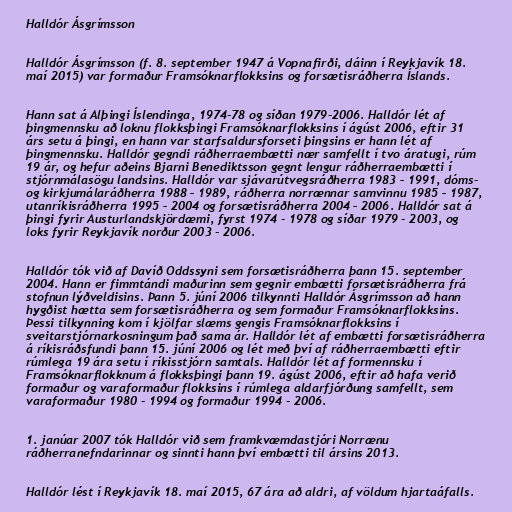
Halldór Ásgrímsson

Halldór Ásgrímsson (f. 8. september 1947 á Vopnafirði, dáinn í Reykjavík 18.
maí 2015) var formaður Framsóknarflokksins og forsætisráðherra Íslands.

Hann sat á Alþingi Íslendinga, 1974-78 og síðan 1979-2006. Halldór lét af
þingmennsku að loknu flokksþingi Framsóknarflokksins í ágúst 2006, eftir 31
árs setu á þingi, en hann var starfsaldursforseti þingsins er hann lét af
þingmennsku. Halldór gegndi ráðherraembætti nær samfellt í tvo áratugi, rúm
19 ár, og hefur aðeins Bjarni Benediktsson gegnt lengur ráðherraembætti í
stjórnmálasögu landsins. Halldór var sjávarútvegsráðherra 1983 – 1991, dóms-
og kirkjumálaráðherra 1988 – 1989, ráðherra norrænnar samvinnu 1985 – 1987,
utanríkisráðherra 1995 – 2004 og forsætisráðherra 2004 – 2006. Halldór sat á
þingi fyrir Austurlandskjördæmi, fyrst 1974 - 1978 og síðar 1979 - 2003, og
loks fyrir Reykjavík norður 2003 - 2006.

Halldór tók við af Davíð Oddssyni sem forsætisráðherra þann 15. september
2004. Hann er fimmtándi maðurinn sem gegnir embætti forsætisráðherra frá
stofnun lýðveldisins. Þann 5. júní 2006 tilkynnti Halldór Ásgrímsson að hann
hygðist hætta sem forsætisráðherra og sem formaður Framsóknarflokksins.
Þessi tilkynning kom í kjölfar slæms gengis Framsóknarflokksins í
sveitarstjórnarkosningum það sama ár. Halldór lét af embætti forsætisráðherra
á ríkisráðsfundi þann 15. júní 2006 og lét með því af ráðherraembætti eftir
rúmlega 19 ára setu í ríkisstjórn samtals. Halldór lét af formennsku í
Framsóknarflokknum á flokksþingi þann 19. ágúst 2006, eftir að hafa verið
formaður og varaformaður flokksins í rúmlega aldarfjórðung samfellt, sem
varaformaður 1980 - 1994 og formaður 1994 - 2006.

1. janúar 2007 tók Halldór við sem framkvæmdastjóri Norrænu
ráðherranefndarinnar og sinnti hann því embætti til ársins 2013.

Halldór lést í Reykjavík 18. maí 2015, 67 ára að aldri, af völdum hjartaáfalls.